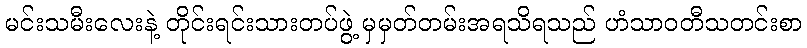
မင်းသမီးလေးနဲ့ တိုင်းရင်းသားတပ်ဖွဲ့ မှမှတ်တမ်းအရသိရသည် ဟံသာဝတီသတင်းစာ